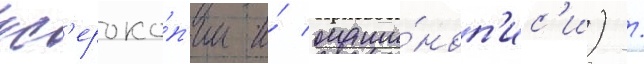
кс'ероко́п'ии и́ маши́ноп'ис'и) /